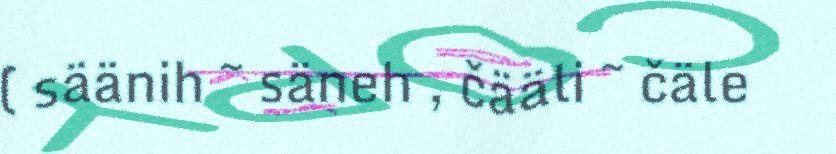
( säänih ~ säneh , čääli ~ čäle